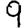
Digit: 9